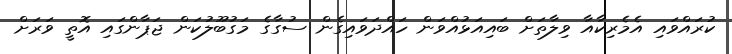
ކުރައްވައި އެމެރިކާއާ ވިލާތަށް ބައިއަޅުއްވަން ހައްދަވައިގެން ސުގާގެ މަގުބޫލުކަން ޖަޕާންގައި އޮތީ ވަރަށް